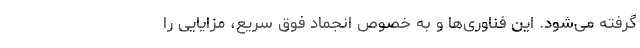
گرفته می‌شود. این فناوری‌ها و به خصوص انجماد فوق سریع، مزایایی را